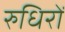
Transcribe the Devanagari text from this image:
रुधिरों